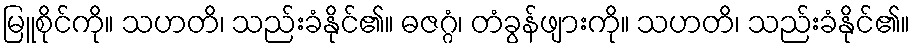
မြူစိုင်ကို။ သဟတိ၊ သည်းခံနိုင်၏။ ဓဇဂ္ဂံ၊ တံခွန်ဖျားကို။ သဟတိ၊ သည်းခံနိုင်၏။